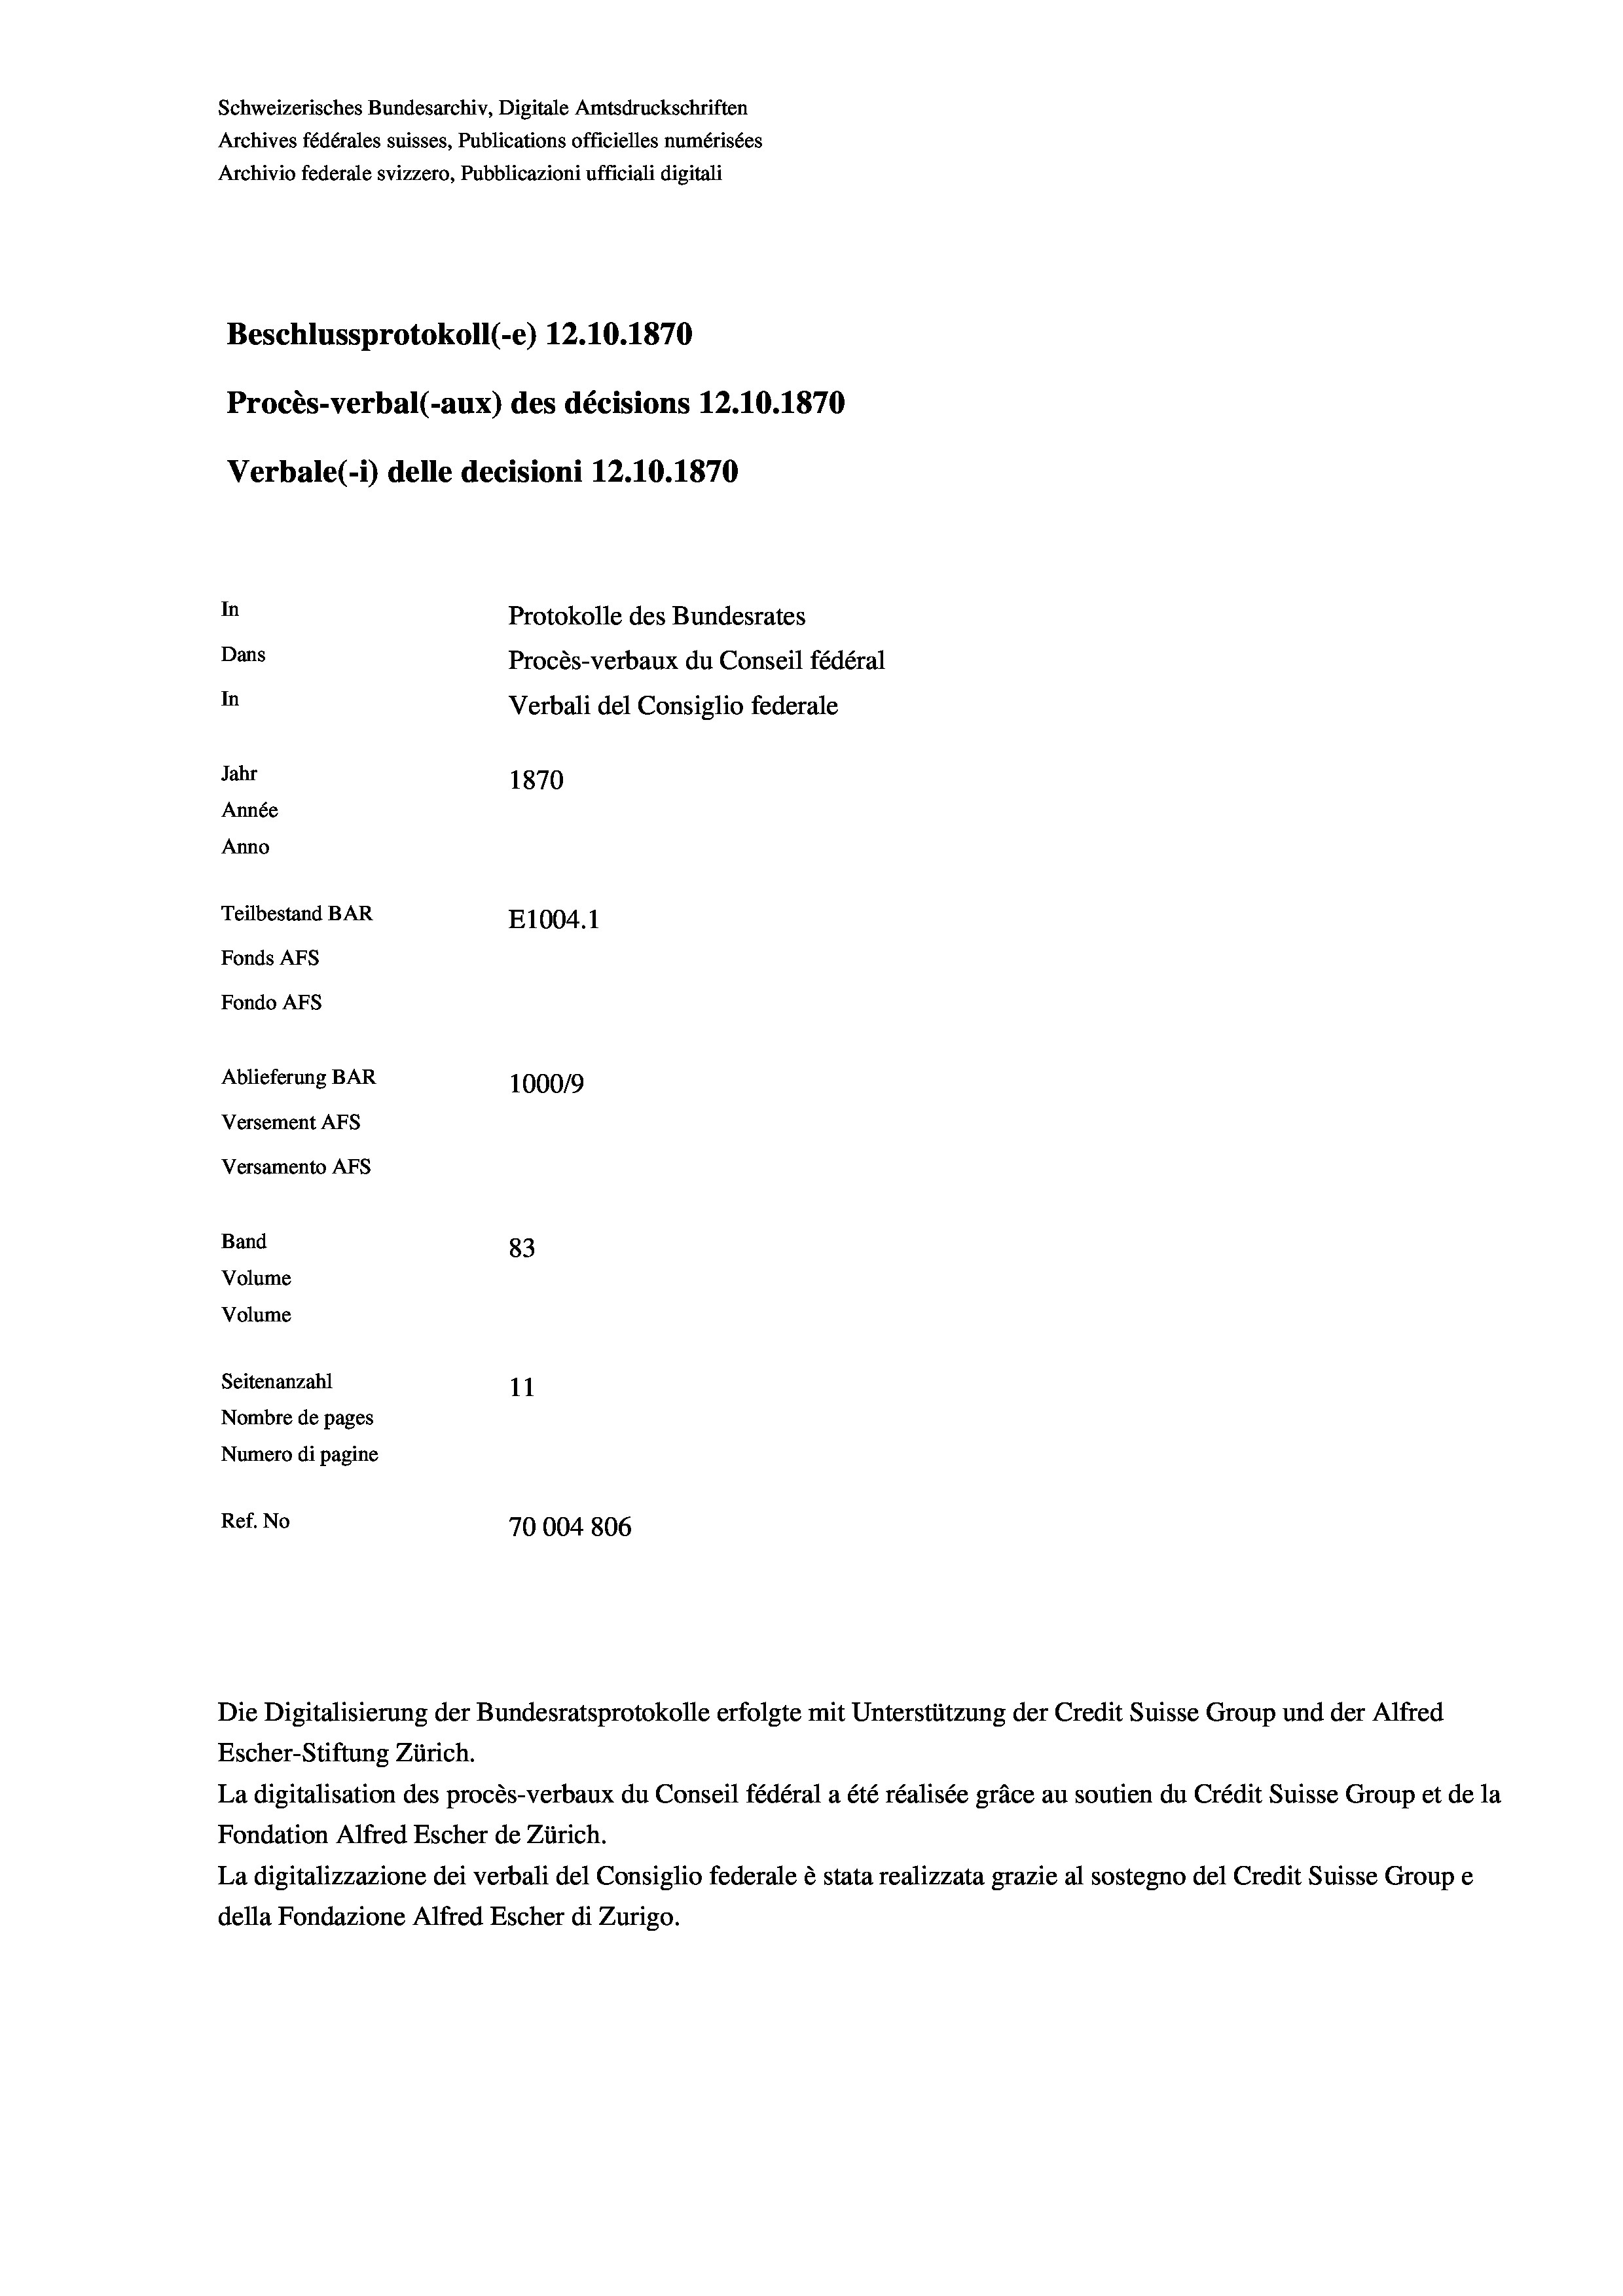
Schweizerisches Bundesarchiv, Digitale Amtsdruckschriften
Archives fédérales suisses, Publications officielles numérisées
Archivio federale svizzero, Pubblicazioni ufficiali digitali
Beschlussprotokoll (-e) 12.10.1870
Procès-verbal (-aux) des décisions 12.10.1870
Verbale(1) delle decisioni 12.10.1870
In
Protokolle des Bundesrates
Dans
Procès-verbaux du Conseil fédéral
In
Verbali del Consiglio federale
Jahr
1870
Année
Anno
Teilbestand BAR
E1004.1
Fonds Afs
Fondo AFs
Ablieferung BAR
100019
Versement Abs
Versamento Afs
Band
83
Volume
Volume

Seitenanzahl
11
Nombre de pages
Numero di pagine
Ref. No
70004 806

Die Digitalisierung der Bundesratsprotokolle erfolgte mit Unterstützung der Credit Suisse Group und der Alfred
Escher-Stiftung Zürich.
La digitalisation des procès-verbaux du Conseil fédéral a été réalisée gräce au soutien du Crédit Suisse Group et de la
Fondation Alfred Escher de Zürich.
La digitalizzazione dei verbali del Consiglio federale è stata realizzata grazie al sostegno del Credit Suisse Groupe
della Fondazione Alfred Escher di Zurigo.

4